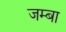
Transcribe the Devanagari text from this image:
जम्बा